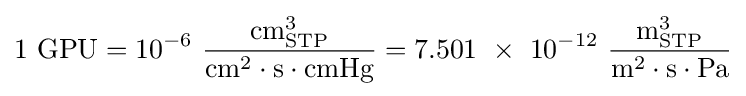
{\rm {{1}\ GPU=10^{-6}\ {\frac {cm_{STP}^{3}}{cm^{2}\cdot s\cdot cmHg}}=7.501\ \times \ 10^{-12}\ {\frac {m_{STP}^{3}}{m^{2}\cdot s\cdot Pa}}}}